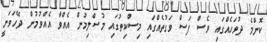
ކޮންމެ ދުވަހެއްގައި ވެސް ފަސް ވަގުތެއްގައި މިސްކިތުގައި މުސްލިމުން އެއްވާ އެއްވުމުން ދޭހަވަނީ